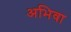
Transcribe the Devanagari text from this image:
अभिवा